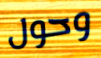
وحول